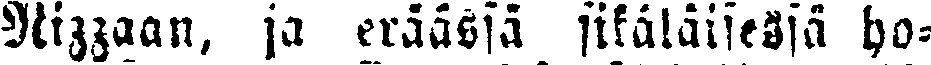
Nizzaan, ja eräässä sikäläisessä ho-